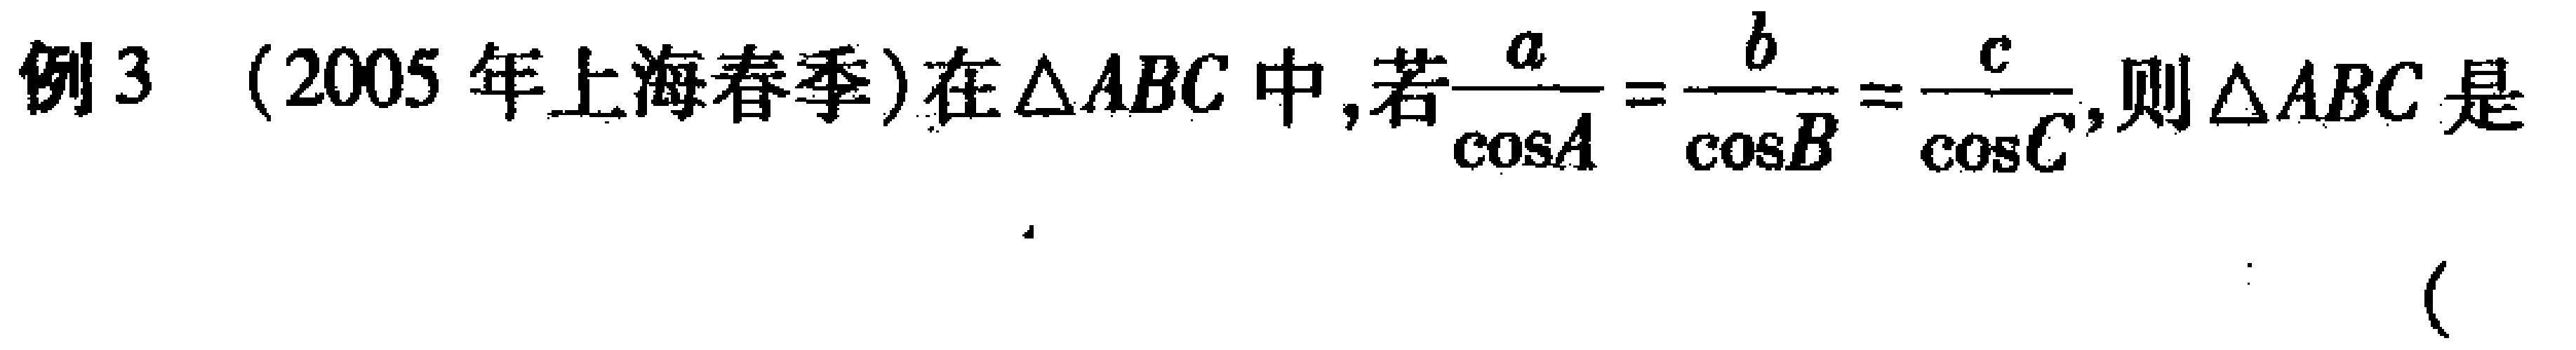
例3 （2005 年上海春季）在\(\triangle ABC\)中,若\(\frac{a}{\cos A}=\frac{b}{\cos B}=\frac{c}{\cos C}\),则\(\triangle ABC\)是 （